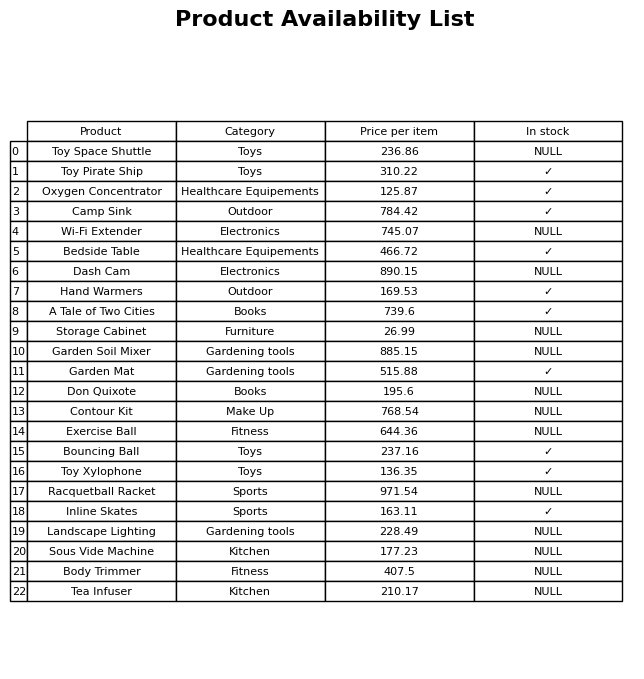
question: What is the price for Exercise Ball?
answer: The price of Exercise Ball is 644.36.